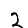
Digit: 2